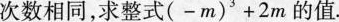
次数相同，求整式$$( - m ) ^ { 3 }+ 2 m$$的值.